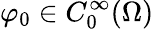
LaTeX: \varphi_{0}\in C_{0}^{\infty}(\Omega)